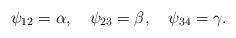
LaTeX: \begin{align*}\psi_{12} = \alpha, \quad\psi_{23} = \beta, \quad\psi_{34} = \gamma .\end{align*}